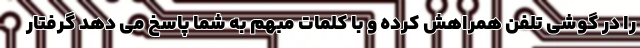
را در گوشی تلفن همراهش کرده و با کلمات مبهم به شما پاسخ می دهد گرفتار